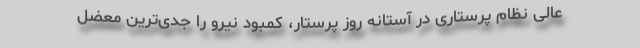
عالی نظام پرستاری در آستانه روز پرستار، کمبود نیرو را جدی‌ترین معضل